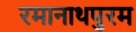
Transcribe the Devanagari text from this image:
रमानाथपुरम